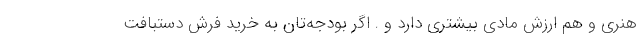
هنری و هم ارزش مادی بیشتری دارد و . اگر بودجه‌تان به خرید فرش دستبافت